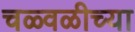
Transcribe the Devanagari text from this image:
चळ्वळीच्या